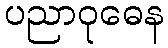
ပညာဝုဓေန